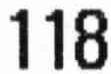
118